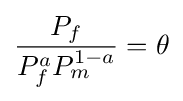
{\frac {P_{f}}{P_{f}^{a}P_{m}^{1-a}}}=\theta